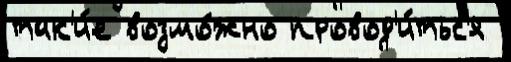
так'и́е возмо́жно провод'и́тьс'я